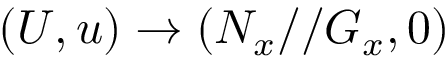
( U , u ) \to ( N _ { x } / / G _ { x } , 0 )